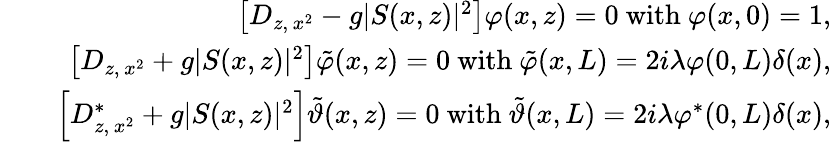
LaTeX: \begin{array}{rlr}&{}&{\left\lbrack D_{z,\, x^{2}}-g\vert S(x,z)\vert^{2}\right\rbrack\varphi(x,z)=0\ \mathrm{with}\ \varphi(x,0)=1,}\\ &{}&{\left\lbrack D_{z,\, x^{2}}+g\vert S(x,z)\vert^{2}\right\rbrack\tilde{\varphi}(x,z)=0\ \mathrm{with}\ \tilde{\varphi}(x,L)=2i\lambda\varphi(0,L)\delta(x),}\\ &{}&{\left\lbrack D_{z,\, x^{2}}^{\ast}+g\vert S(x,z)\vert^{2}\right\rbrack\tilde{\vartheta}(x,z)=0\ \mathrm{with}\ \tilde{\vartheta}(x,L)=2i\lambda\varphi^{\ast}(0,L)\delta(x),}\end{array}